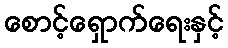
စောင့်ရှောက်ရေးနှင့်